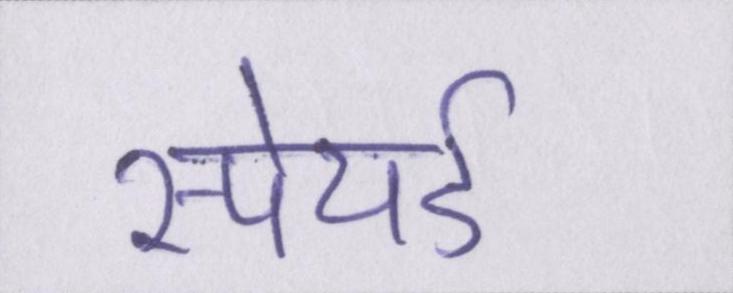
स्पेयर्ड